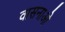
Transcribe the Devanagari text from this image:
वासनाओ